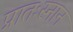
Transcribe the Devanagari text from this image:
प्रातःस्नान